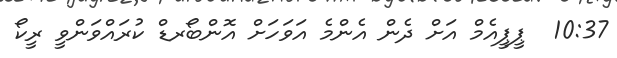
10:37  ޕީޕީއެމް އަށް ދެން އެންމެ އަވަހަށް އޮންބޯރޑް ކުރައްވަންވީ ރީކޯ